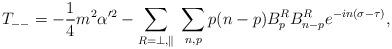
LaTeX: \begin{align*}T_{--}=-\frac{1}{4}m^2\alpha'^2-\sum_{R=\perp,\parallel}\;\sum_{n,p}p(n-p)B_p^R B_{n-p}^R e^{-in(\sigma-\tau)},\end{align*}